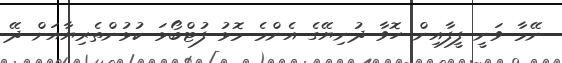
ނޭމާ ވަނީ ފީފާއިން ހޮވާ ދުނިޔޭގެ އެންމެ މޮޅު ފުޓްބޯޅަ ކުޅުންތެރިޔާއަށް ދޭ